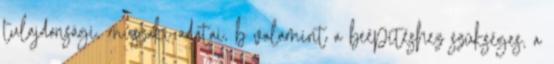
tulajdonsági, mûszaki adatai, b valamint a beépítéshez szükséges, a